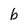
Character: b